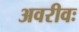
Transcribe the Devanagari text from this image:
अवरीवः